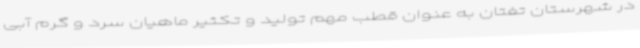
در شهرستان تفتان به عنوان قطب مهم تولید و تکثیر ماهیان سرد و گرم آبی